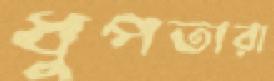
ধুপতারা